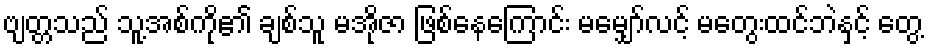
ဗျတ္တသည် သူ့အစ်ကို၏ ချစ်သူ မအိုဇာ ဖြစ်နေကြောင်း မမျှော်လင့် မတွေးထင်ဘဲနှင့် တွေ့